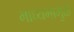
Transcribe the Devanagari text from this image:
माध्यमामुळे